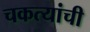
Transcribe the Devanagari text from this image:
चकत्यांची